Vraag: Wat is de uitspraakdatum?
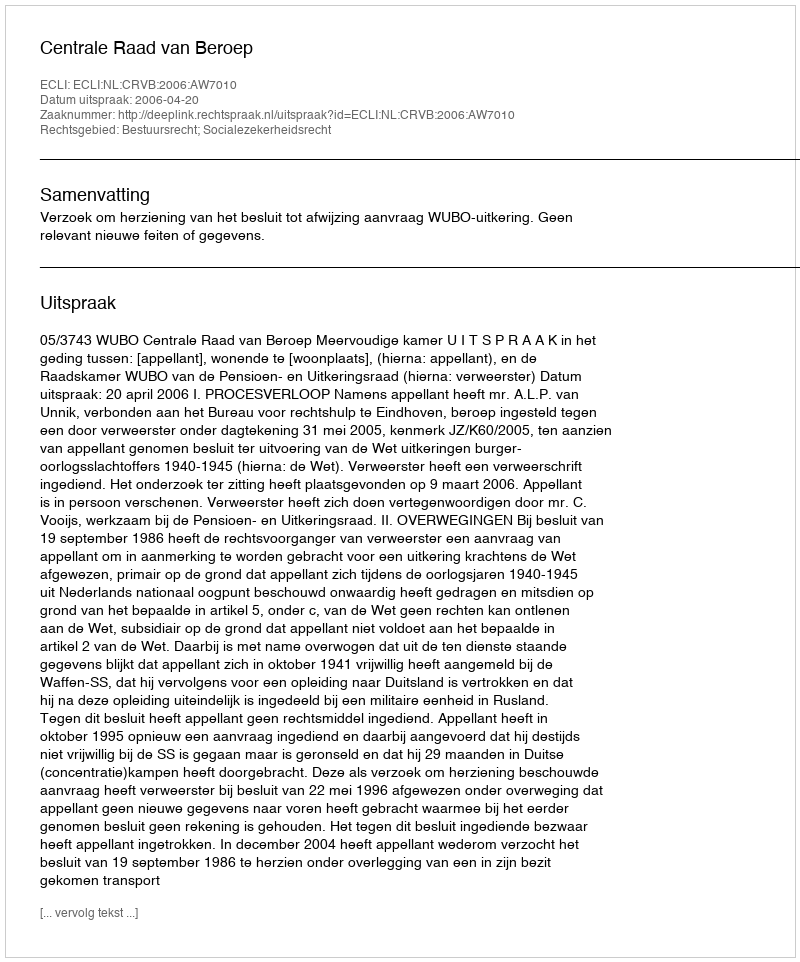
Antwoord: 2006-04-20